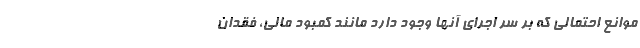
موانع احتمالی که بر سر اجرای آنها وجود دارد مانند کمبود مالی، فقدان